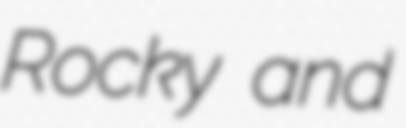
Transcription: Rocky and